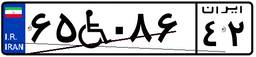
۶۵W۰۸۶۴۲